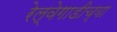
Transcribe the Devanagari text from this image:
रेल्वेगाडीच्या